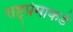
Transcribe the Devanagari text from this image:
राष्ट्रप्रेमाकडे